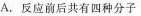
A.反应前后共有四种分子